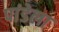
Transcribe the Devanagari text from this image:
पांडेला